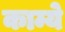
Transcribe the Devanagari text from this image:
काम्ये